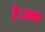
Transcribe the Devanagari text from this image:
है।अन्ध